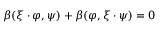
\beta ( \xi \cdot \varphi , \psi ) + \beta ( \varphi , \xi \cdot \psi ) = 0